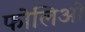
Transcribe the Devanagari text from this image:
फोलिओ